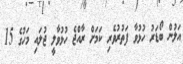
އަލުން ބޯޑަރު ހުޅުވާ ފަތުރުވެރި ކަމަށް ރާއްޖެ ހުޅުވާލީ ޖުލައި މަހުގެ 15